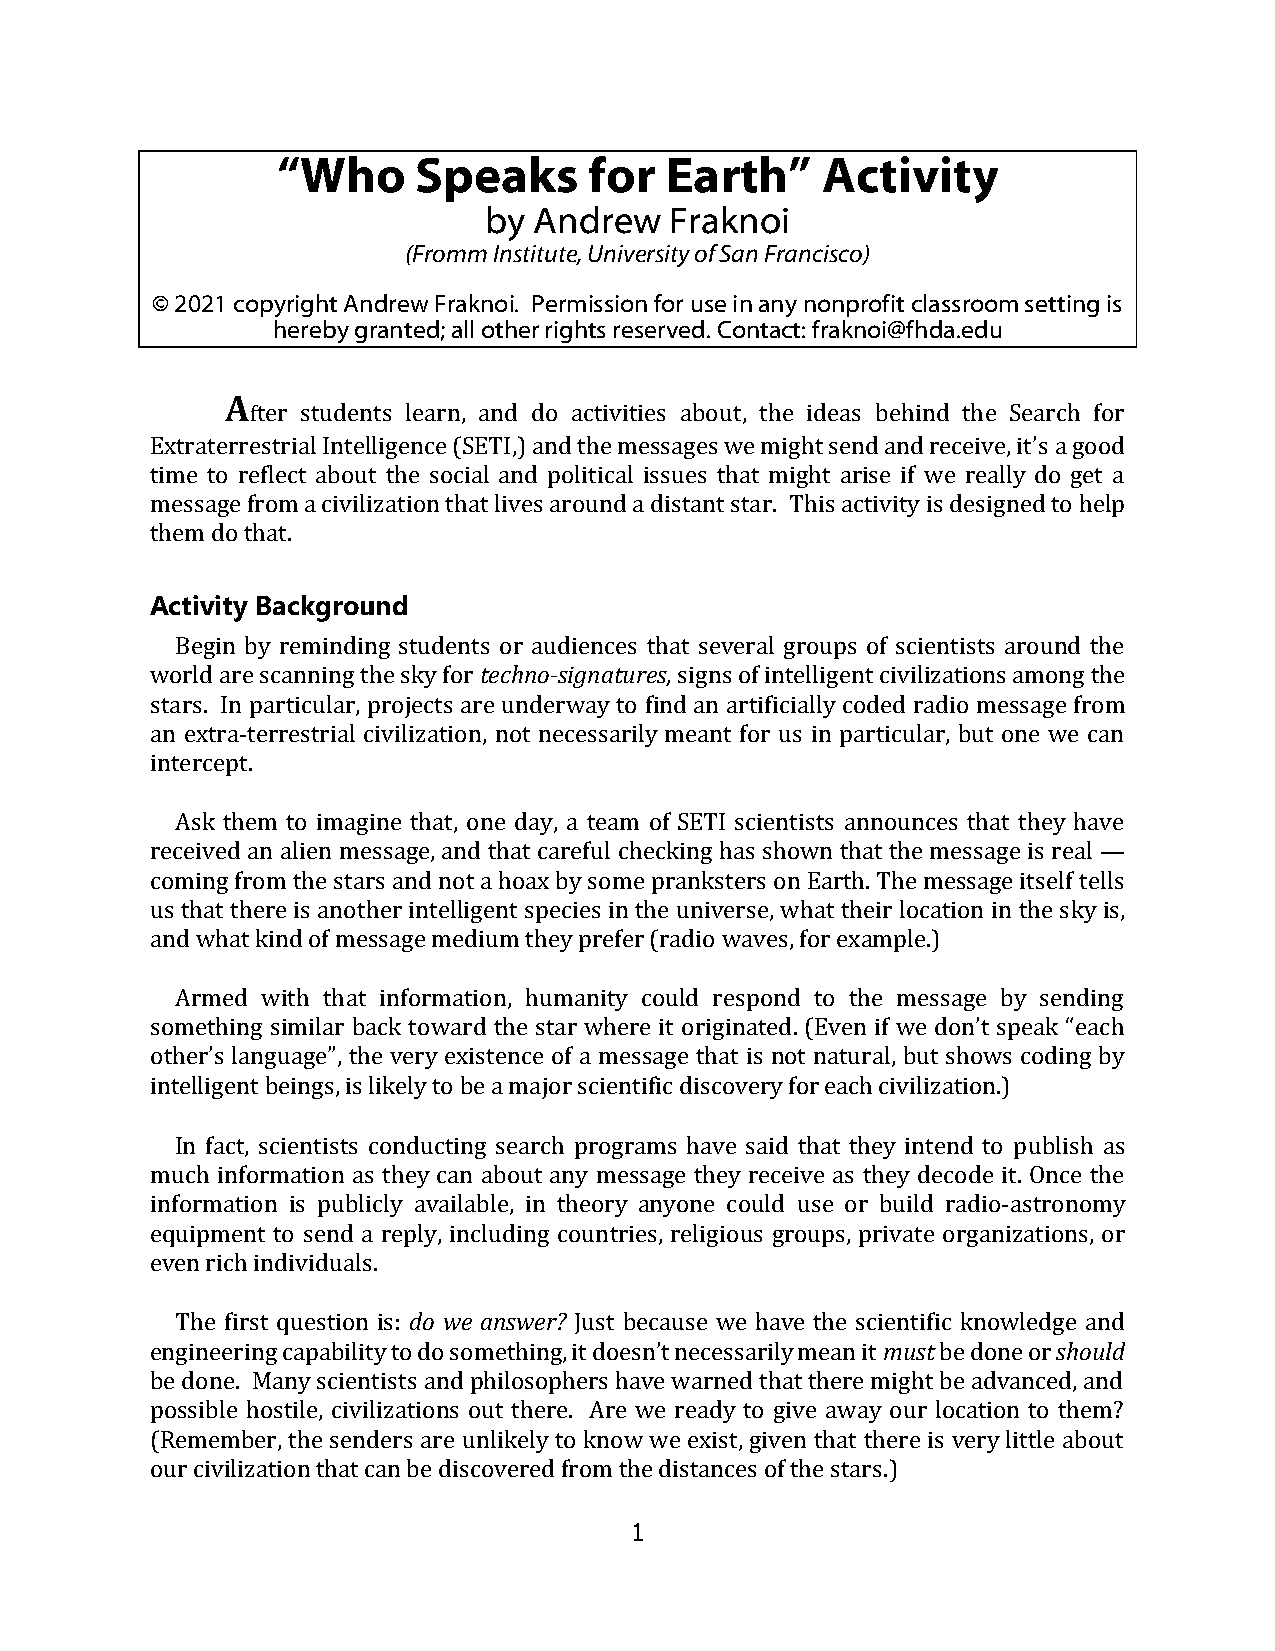
“Who      Speaks     for  Earth”    Activity
 by Andrew   Fraknoi
 (Fromm Institute, University of San Francisco)
 © 2021 copyright Andrew Fraknoi. Permission for use in any nonprofit classroom setting is
 hereby granted; all other rights reserved. Contact: fraknoi@fhda.edu
 A
 fter students learn, and do activities about, the ideas behind the Search for
 Extraterrestrial Intelligence (SETI,) and the messages we might send and receive, it’s a good
 time to reflect about the social and political issues that might arise if we really do get a
 message from a civilization that lives around a distant star. This activity is designed to help
 them do that.
 Activity Background
 Begin by reminding students or audiences that several groups of scientists around the
 world are scanning the sky for techno-signatures, signs of intelligent civilizations among the
 stars. In particular, projects are underway to find an artificially coded radio message from
 an extra-terrestrial civilization, not necessarily meant for us in particular, but one we can
 intercept.
 Ask them to imagine that, one day, a team of SETI scientists announces that they have
 received an alien message, and that careful checking has shown that the message is real —
 coming from the stars and not a hoax by some pranksters on Earth. The message itself tells
 us that there is another intelligent species in the universe, what their location in the sky is,
 and what kind of message medium they prefer (radio waves, for example.)
 Armed with that information, humanity could respond to the message by sending
 something similar back toward the star where it originated. (Even if we don’t speak “each
 other’s language”, the very existence of a message that is not natural, but shows coding by
 intelligent beings, is likely to be a major scientific discovery for each civilization.)
 In fact, scientists conducting search programs have said that they intend to publish as
 much information as they can about any message they receive as they decode it. Once the
 information is publicly available, in theory anyone could use or build radio-astronomy
 equipment to send a reply, including countries, religious groups, private organizations, or
 even rich individuals.
 The first question is: do we answer? Just because we have the scientific knowledge and
 engineering capability to do something, it doesn’t necessarily mean it must be done or should
 be done. Many scientists and philosophers have warned that there might be advanced, and
 possible hostile, civilizations out there. Are we ready to give away our location to them?
 (Remember, the senders are unlikely to know we exist, given that there is very little about
 our civilization that can be discovered from the distances of the stars.)
 1